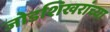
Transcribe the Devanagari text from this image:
जोडशिखरांच्या